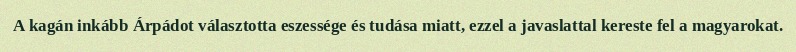
A kagán inkább Árpádot választotta eszessége és tudása miatt, ezzel a javaslattal kereste fel a magyarokat.